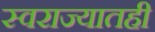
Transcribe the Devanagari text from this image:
स्वराज्यातही